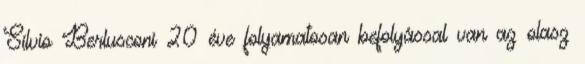
Silvio Berlusconi 20 éve folyamatosan befolyással van az olasz